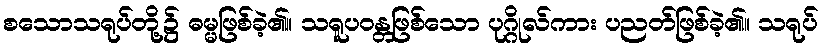
စသောသရုပ်တို့၌ ဓမ္မဖြစ်ခဲ့၏။ သရူပဝန္တဖြစ်သော ပုဂ္ဂိုလ်ကား ပညတ်ဖြစ်ခဲ့၏။ သရုပ်